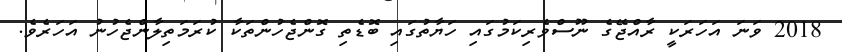
2018 ވަނަ އަހަރަކީ ރާއްޖޭގެ ނޫސްވެރިކަމުގައި ހަޔާތުގައި ބޮޑެތި ގޮންޖެހުންތަކާ ކުރަމަތިލާންޖެހުނު އަހަރެވެ.